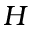
\cal H